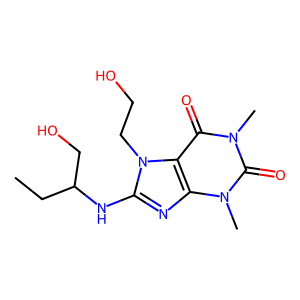
SMILES: CCC(CO)Nc1nc2c(c(=O)n(C)c(=O)n2C)n1CCO
Inhibits HIV replication: No